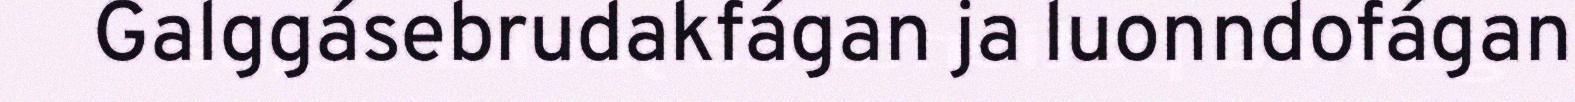
Galggásebrudakfágan ja luonndofágan